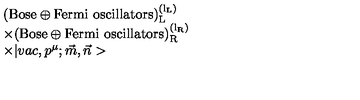
\begin{array} { l } { ( \mathrm { { B o s e } \oplus { F e r m i \ o s c i l l a t o r s } ) _ { L } ^ { \left( l _ { L } \right) } } } \\ { \times ( \mathrm { { B o s e } \oplus { F e r m i \ o s c i l l a t o r s } ) _ { R } ^ { \left( l _ { R } \right) } } } \\ { \times | v a c , p ^ { \mu } ; \vec { m } , \vec { n } > } \\ \end{array}